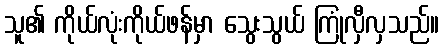
သူ၏ ကိုယ်လုံးကိုယ်ဖန်မှာ သွေးသွယ် ကြုံလှီလှသည်။